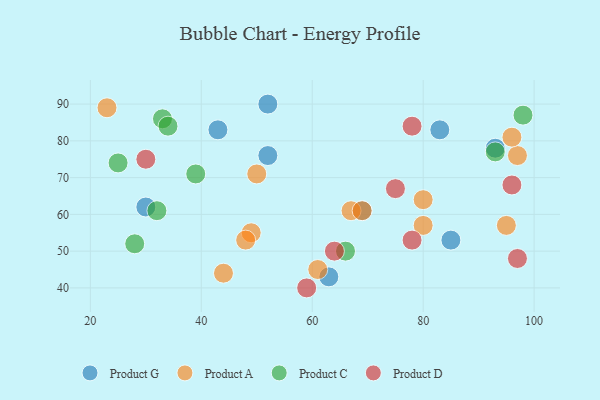
{"axis": {"x": "GDP", "y": "Life Expectancy"}, "legend": ["Product A", "Product C", "Product D", "Product G"], "data": [{"x": "52", "y": 76, "type": "Product G"}, {"x": "83", "y": 83, "type": "Product G"}, {"x": "85", "y": 53, "type": "Product G"}, {"x": "69", "y": 61, "type": "Product G"}, {"x": "93", "y": 78, "type": "Product G"}, {"x": "52", "y": 90, "type": "Product G"}, {"x": "43", "y": 83, "type": "Product G"}, {"x": "30", "y": 62, "type": "Product G"}, {"x": "63", "y": 43, "type": "Product G"}, {"x": "61", "y": 45, "type": "Product A"}, {"x": "44", "y": 44, "type": "Product A"}, {"x": "23", "y": 89, "type": "Product A"}, {"x": "80", "y": 57, "type": "Product A"}, {"x": "67", "y": 61, "type": "Product A"}, {"x": "95", "y": 57, "type": "Product A"}, {"x": "50", "y": 71, "type": "Product A"}, {"x": "97", "y": 76, "type": "Product A"}, {"x": "69", "y": 61, "type": "Product A"}, {"x": "49", "y": 55, "type": "Product A"}, {"x": "48", "y": 53, "type": "Product A"}, {"x": "96", "y": 81, "type": "Product A"}, {"x": "80", "y": 64, "type": "Product A"}, {"x": "98", "y": 87, "type": "Product C"}, {"x": "66", "y": 50, "type": "Product C"}, {"x": "39", "y": 71, "type": "Product C"}, {"x": "93", "y": 77, "type": "Product C"}, {"x": "33", "y": 86, "type": "Product C"}, {"x": "25", "y": 74, "type": "Product C"}, {"x": "32", "y": 61, "type": "Product C"}, {"x": "28", "y": 52, "type": "Product C"}, {"x": "34", "y": 84, "type": "Product C"}, {"x": "30", "y": 75, "type": "Product D"}, {"x": "78", "y": 84, "type": "Product D"}, {"x": "64", "y": 50, "type": "Product D"}, {"x": "97", "y": 48, "type": "Product D"}, {"x": "96", "y": 68, "type": "Product D"}, {"x": "78", "y": 53, "type": "Product D"}, {"x": "59", "y": 40, "type": "Product D"}, {"x": "75", "y": 67, "type": "Product D"}]}